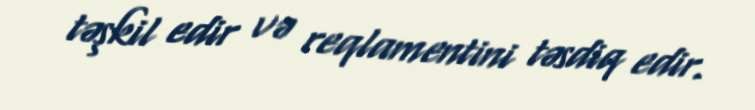
təşkil edir və reqlamentini təsdiq edir.